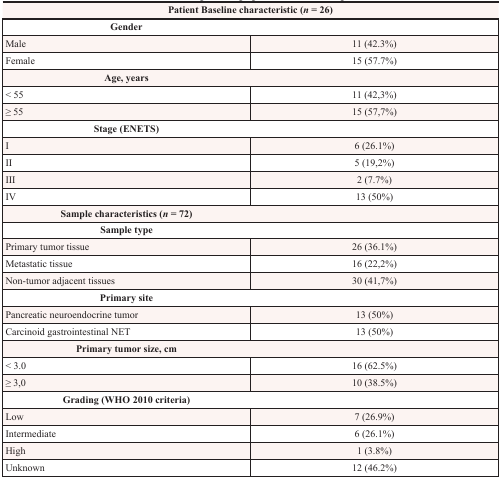
<table><thead><tr><td colspan="2"><b>Patient Baseline characteristic (<i>n</i> = 26)</b></td></tr></thead><tbody><tr><td><b>Gender</b></td><td></td></tr><tr><td>Male</td><td>11 (42.3%)</td></tr><tr><td>Female</td><td>15 (57.7%)</td></tr><tr><td><b>Age, years</b></td><td></td></tr><tr><td>&lt; 55</td><td>11 (42,3%)</td></tr><tr><td>≥ 55</td><td>15 (57,7%)</td></tr><tr><td><b>Stage (ENETS)</b></td><td></td></tr><tr><td>I</td><td>6 (26.1%)</td></tr><tr><td>II</td><td>5 (19,2%)</td></tr><tr><td>III</td><td>2 (7.7%)</td></tr><tr><td>IV</td><td>13 (50%)</td></tr><tr><td><b>Sample characteristics (<i>n</i> = 72)</b></td><td></td></tr><tr><td><b>Sample type</b></td><td></td></tr><tr><td>Primary tumor tissue</td><td>26 (36.1%)</td></tr><tr><td>Metastatic tissue</td><td>16 (22,2%)</td></tr><tr><td>Non-tumor adjacent tissues</td><td>30 (41,7%)</td></tr><tr><td><b>Primary site</b></td><td></td></tr><tr><td>Pancreatic neuroendocrine tumor</td><td>13 (50%)</td></tr><tr><td>Carcinoid gastrointestinal NET</td><td>13 (50%)</td></tr><tr><td><b>Primary tumor size, cm</b></td><td></td></tr><tr><td>&lt; 3.0</td><td>16 (62.5%)</td></tr><tr><td>≥ 3,0</td><td>10 (38.5%)</td></tr><tr><td><b>Grading (WHO 2010 criteria)</b></td><td></td></tr><tr><td>Low</td><td>7 (26.9%)</td></tr><tr><td>Intermediate</td><td>6 (26.1%)</td></tr><tr><td>High</td><td>1 (3.8%)</td></tr><tr><td>Unknown</td><td>12 (46.2%)</td></tr></tbody></table>